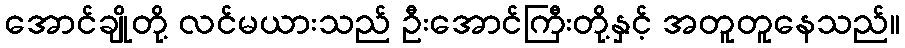
အောင်ချိုတို့ လင်မယားသည် ဦးအောင်ကြီးတို့နှင့် အတူတူနေသည်။